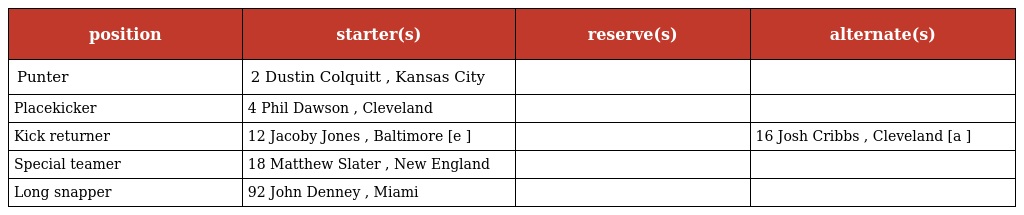
| position | starter(s) | reserve(s) | alternate(s) |
 | --- | --- | --- | --- |
 | Punter | 2 Dustin Colquitt , Kansas City |  |  |
 | Placekicker | 4 Phil Dawson , Cleveland |  |  |
 | Kick returner | 12 Jacoby Jones , Baltimore [e ] |  | 16 Josh Cribbs , Cleveland [a ] |
 | Special teamer | 18 Matthew Slater , New England |  |  |
 | Long snapper | 92 John Denney , Miami |  |  |